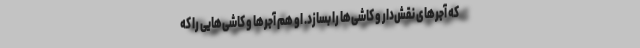
که آجرهای نقش‌دار و کاشی‌ها را بسازد. او هم آجرها و کاشی‌هایی را که